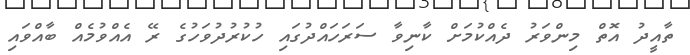
ތާއީދު އޮތް މިންވަރު ދެއްކުމަށް ކާނިވާ ސަރަހައްދުގައި ހުކުރުދުވަހުގެ ރޭ އެއްވުމެއް ބާއްވައި